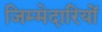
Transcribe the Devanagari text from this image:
जिम्‍मेदारियों